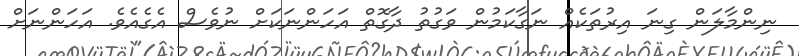
ނިންމާލަން ގިނަ އިރުތަކެއް ނަގާކަމުން ވަގުތު ދާގޮތް އަހަންނަކަށް ނުވެސް އެގެއެވެ. އަހަންނަށް